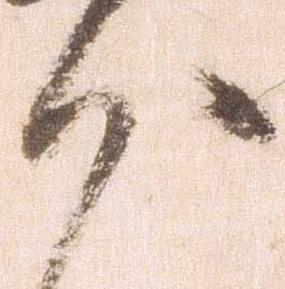
沙